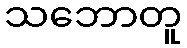
သဘောတူ